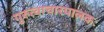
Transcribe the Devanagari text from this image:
गुरुत्वाचारपालकः